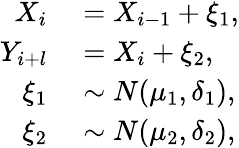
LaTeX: \begin{array}{rl}{X_{i}}&{{}=X_{i-1}+\xi_{1},}\\ {Y_{i+l}}&{{}=X_{i}+\xi_{2},}\\ {\xi_{1}}&{{}\sim N(\mu_{1},\delta_{1}),}\\ {\xi_{2}}&{{}\sim N(\mu_{2},\delta_{2}),}\end{array}